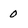
Character: 0